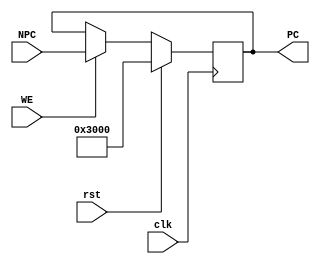
// This program was cloned from: https://github.com/Qin-shihuang/BUAA_CO_2023
// License: MIT License

module PC (
    input wire clk,
    input wire rst,
    input wire WE,
    input wire [31:0] NPC,
    output reg [31:0] PC
);
    /*
        Program Counter
        Address space: 0x00003000-0x00006FFF
    */
    initial begin
        PC = 32'h00003000;
    end

    always @(posedge clk) begin
        if (rst) begin
            PC <= 32'h00003000;
        end 
        else if (WE) begin
            PC <= NPC;
        end
    end
endmodule